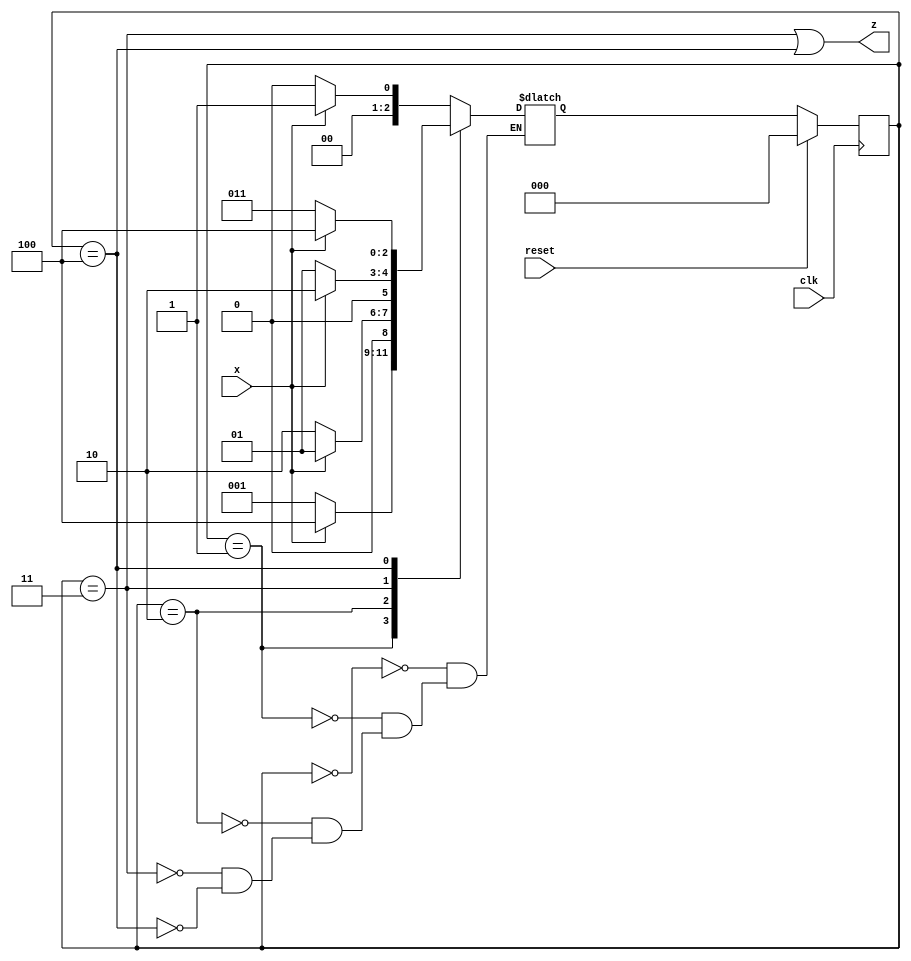
module top_module (
    input clk,
    input reset,   // Synchronous reset
    input x,
    output z
);
    
    parameter S0 = 3'b000 ;
    parameter S1 = 3'b001 ;
    parameter S2 = 3'b010 ;
    parameter S3 = 3'b011 ;
    parameter S4 = 3'b100 ;
    
    reg [2:0] cstate , nstate ;
    
    always @(posedge clk) begin
        if(reset) begin
            cstate <= S0 ;
        end
        else begin
            cstate <= nstate ;
        end
    end

    always @(*) begin
        case(cstate)
            S0 : nstate = x ? S1 : S0 ;
            S1 : nstate = x ? S4 : S1 ;
            S2 : nstate = x ? S1 : S2 ;
            S3 : nstate = x ? S2 : S1 ;
            S4 : nstate = x ? S4 : S3 ;
        endcase
    end
    
    assign z = (cstate == S3 || cstate == S4 ) ;
    
endmodule